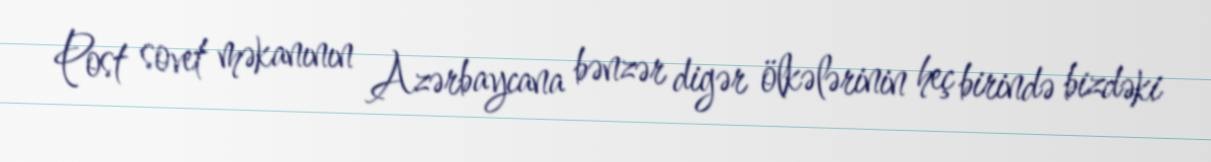
Post sovet məkanının Azərbaycana bənzər digər ölkələrinin heç birində bizdəki